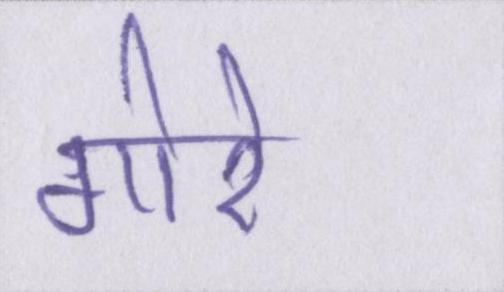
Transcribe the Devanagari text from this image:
गोरे